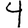
Digit: 4